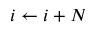
i \gets i + N